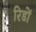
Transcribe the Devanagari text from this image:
रिडों